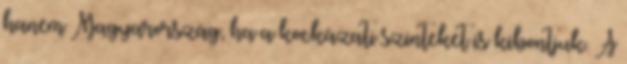
hanem Magyarország, ha a kockázati szinteket is kibontjuk. A